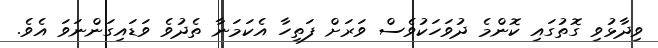
ވިދާޅުވި ގޮތުގައި ކޮންމެ ދުވަހަކުވެސް ވަރަށް ފަތިހާ އެކަމަނާ ތެދުވެ ވަޑައިގަންނަވަ އެވެ.